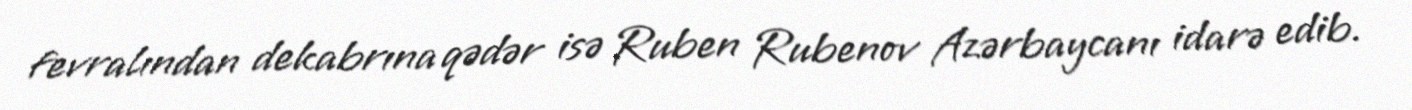
fevralından dekabrına qədər isə Ruben Rubenov Azərbaycanı idarə edib.